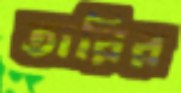
তারির